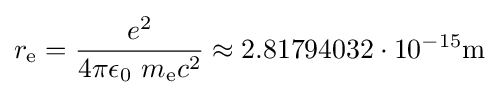
r_{\text{e}}={\frac {e^{2}}{4\pi \epsilon _{0}\ m_{\text{e}}c^{2}}}\approx 2.81794032\cdot 10^{-15}\mathrm {m}